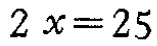
\(2x = 25\)